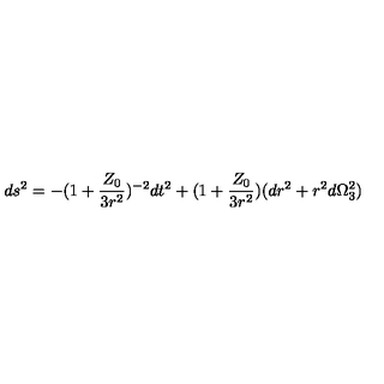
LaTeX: d s ^ { 2 } = - ( 1 + \frac { Z _ { 0 } } { 3 r ^ { 2 } } ) ^ { - 2 } d t ^ { 2 } + ( 1 + \frac { Z _ { 0 } } { 3 r ^ { 2 } } ) ( d r ^ { 2 } + r ^ { 2 } d \Omega _ { 3 } ^ { 2 } )